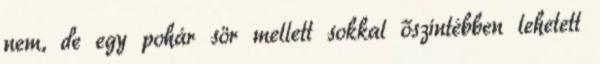
nem, de egy pohár sör mellett sokkal őszintébben lehetett